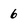
Character: 6